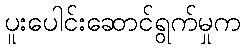
ပူးပေါင်းဆောင်ရွက်မှုက